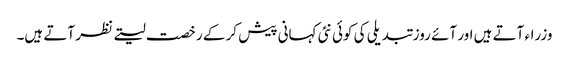
وزراء آتے ہیں اور آئے روز تبدیلی کی کوئی نئی کہانی پیش کر کے رخصت لیتے نظر آتے ہیں۔